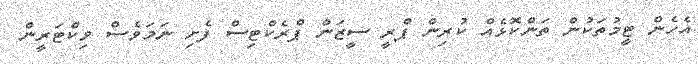
އެހެން ޓީމުތަކުން ތަންކޮޅެއް ކުރިން ޕްރީ ސީޒަން ޕްރެކްޓިސް ފެށި ނަމަވެސް ވިކްޓަރީން